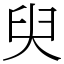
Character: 臾